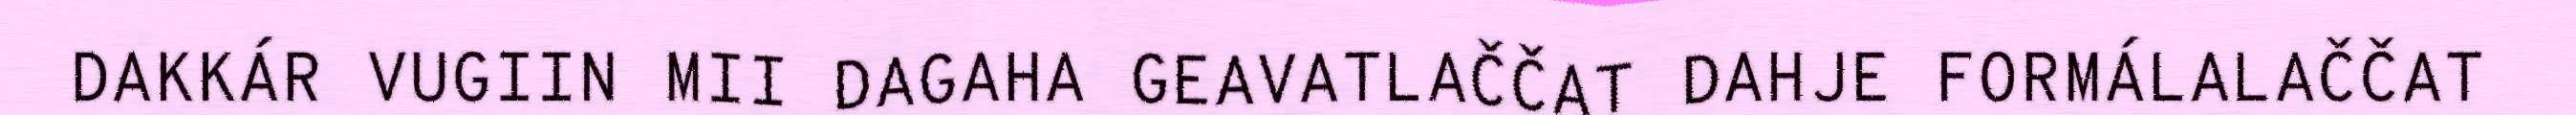
DAKKÁR VUGIIN MII DAGAHA GEAVATLAČČAT DAHJE FORMÁLALAČČAT